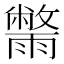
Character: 𮦮